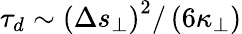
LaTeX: \tau_{d}\sim\left(\Delta s_{\perp}\right)^{2}/\left(6\kappa_{\perp}\right)